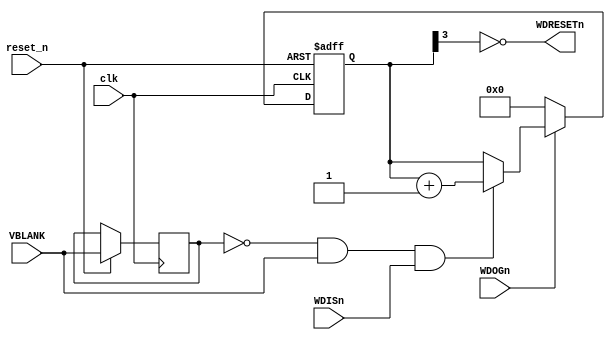
module Watchdog
(
   input clk,
   input reset_n,
   
   input WDISn,
   input WDOGn,
   input VBLANK,

   output WDRESETn
);
   
reg [3:0] count;

reg VBLANK2;
always @(posedge clk or negedge reset_n)        // ic8M
begin
   if (~reset_n)
      count <= #1 4'b0000;
   else 
   begin 
      VBLANK2 <= #1 VBLANK;
      if (~WDOGn)
         count <= #1 4'b0000;
      else if (~VBLANK2 & VBLANK & WDISn)
         count <= #1 count + 4'b0001;
   end
end
assign WDRESETn = ~count[3];

endmodule